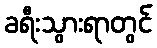
ခရီးသွားရာတွင်